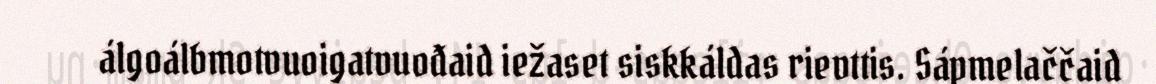
álgoálbmotvuoigatvuođaid iežaset siskkáldas rievttis. Sápmelaččaid